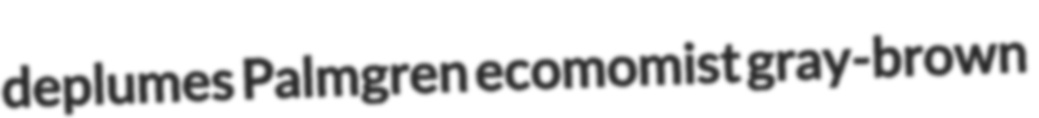
deplumes Palmgren ecomomist gray-brown